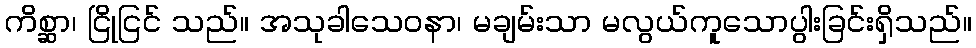
ကိစ္ဆာ၊ ငြိုငြင် သည်။ အသုခါသေဝနာ၊ မချမ်းသာ မလွယ်ကူသောပွါးခြင်းရှိသည်။